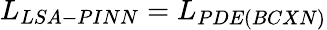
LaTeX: L_{LSA-PINN}=L_{PDE(BCXN)}